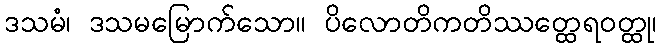
ဒသမံ၊ ဒသမမြောက်သော။ ပိလောတိကတိဿတ္ထေရဝတ္ထု၊